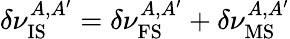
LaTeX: \delta\nu_{\mathrm{IS}}^{A,A^{\prime}}=\delta\nu_{\mathrm{FS}}^{A,A^{\prime}}+\delta\nu_{\mathrm{MS}}^{A,A^{\prime}}